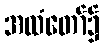
အထံတော်၌